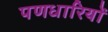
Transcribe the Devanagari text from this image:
पणधारियों